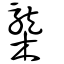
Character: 㰍